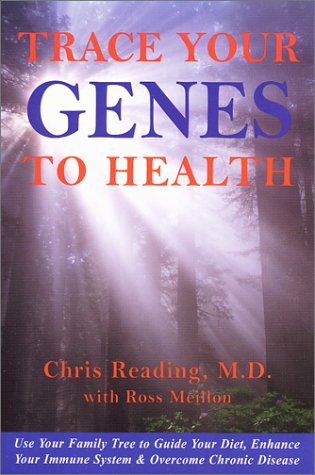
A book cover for Trace Your Genes to Health: Use Your Family Tree to Guide Your Diet, Enhance Your Immune System; Chris Reading; Health, Fitness & Dieting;